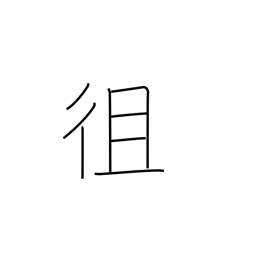
Meaning: go